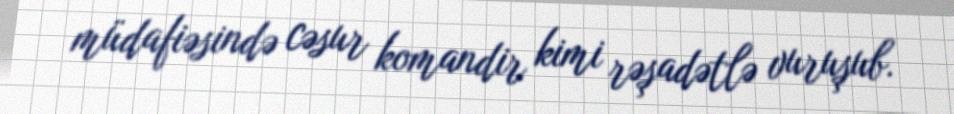
müdafiəsində cəsur komandir kimi rəşadətlə vuruşub.